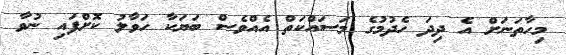
މިހާތަނަށް އެ ދިދަ ހެދުމުގެ މަސައްކަތް އެއްވެސް ބަޔަކާ ހަވާލު ކޮށްފައި ނުވާ